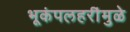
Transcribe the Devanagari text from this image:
भूकंपलहरींमुळे